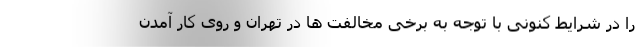
را در شرایط کنونی با توجه به برخی مخالفت ها در تهران و روی کار آمدن